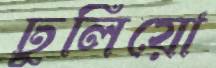
ঢুলিয়ো